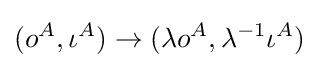
(o^{A},\iota ^{A})\rightarrow (\lambda o^{A},\lambda ^{-1}\iota ^{A})